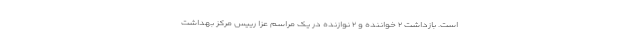
است. بازداشت ۲ خواننده و ۲ نوازنده در یک مراسم عزا رییس مرکز بهداشت